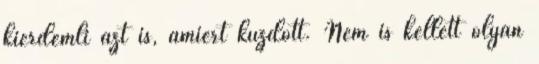
kiérdemli azt is, amiért küzdött. Nem is kellett olyan